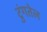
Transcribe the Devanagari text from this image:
टुंगतेल